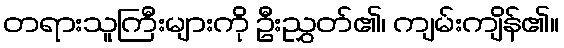
တရားသူကြီးများကို ဦးညွှတ်၏၊ ကျမ်းကျိန်၏။